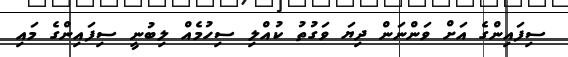
ސިފައިންގެ އަށް ވަންނަން ދިޔަ ވަގުތު ކުއްލި ސިހުމެއް ލިބުނީ ސިފައިންގެ މައި